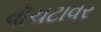
વૉચટાવર